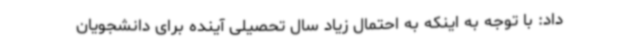
داد: با توجه به اینکه به احتمال زیاد سال تحصیلی آینده برای دانشجویان